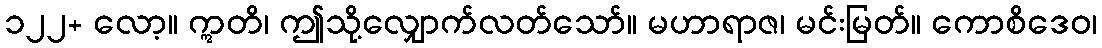
၁၂၂+ လော့။ ဣတိ၊ ဤသို့လျှောက်လတ်သော်။ မဟာရာဇ၊ မင်းမြတ်။ ကောစိဒေဝ၊